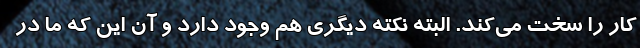
کار را سخت می‌کند. البته نکته دیگری هم وجود دارد و آن این که ما در